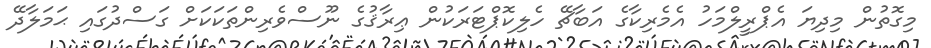
މިގޮތުން މިދިޔަ އެޕްރީލްމަހު އެެމެރިކާގެ އަބާޗޭ ހެލިކޮޕްޓަރަކުން ޢިރާޤުގެ ނޫސްވެރިންތަކަކަށް ގަސްދުގައި ޙަމަލާދޭ